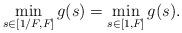
LaTeX: \begin{align*}\min_{s\in[1/F_{},F_{}]}g(s)=\min_{s\in[1,F_{}]}g(s).\end{align*}